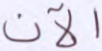
الآن